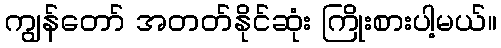
ကျွန်တော် အတတ်နိုင်ဆုံး ကြိုးစားပါ့မယ်။